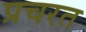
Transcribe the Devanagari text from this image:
प्रचरत